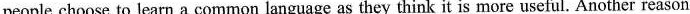
people choose to learn a common language as they think it is more useful. Another reason